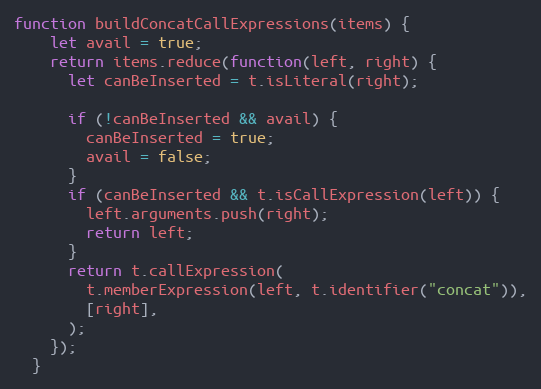
Language: JavaScript
function buildConcatCallExpressions(items) {
    let avail = true;
    return items.reduce(function(left, right) {
      let canBeInserted = t.isLiteral(right);

      if (!canBeInserted && avail) {
        canBeInserted = true;
        avail = false;
      }
      if (canBeInserted && t.isCallExpression(left)) {
        left.arguments.push(right);
        return left;
      }
      return t.callExpression(
        t.memberExpression(left, t.identifier("concat")),
        [right],
      );
    });
  }